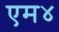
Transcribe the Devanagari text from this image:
एम४